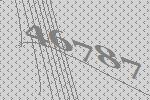
46787